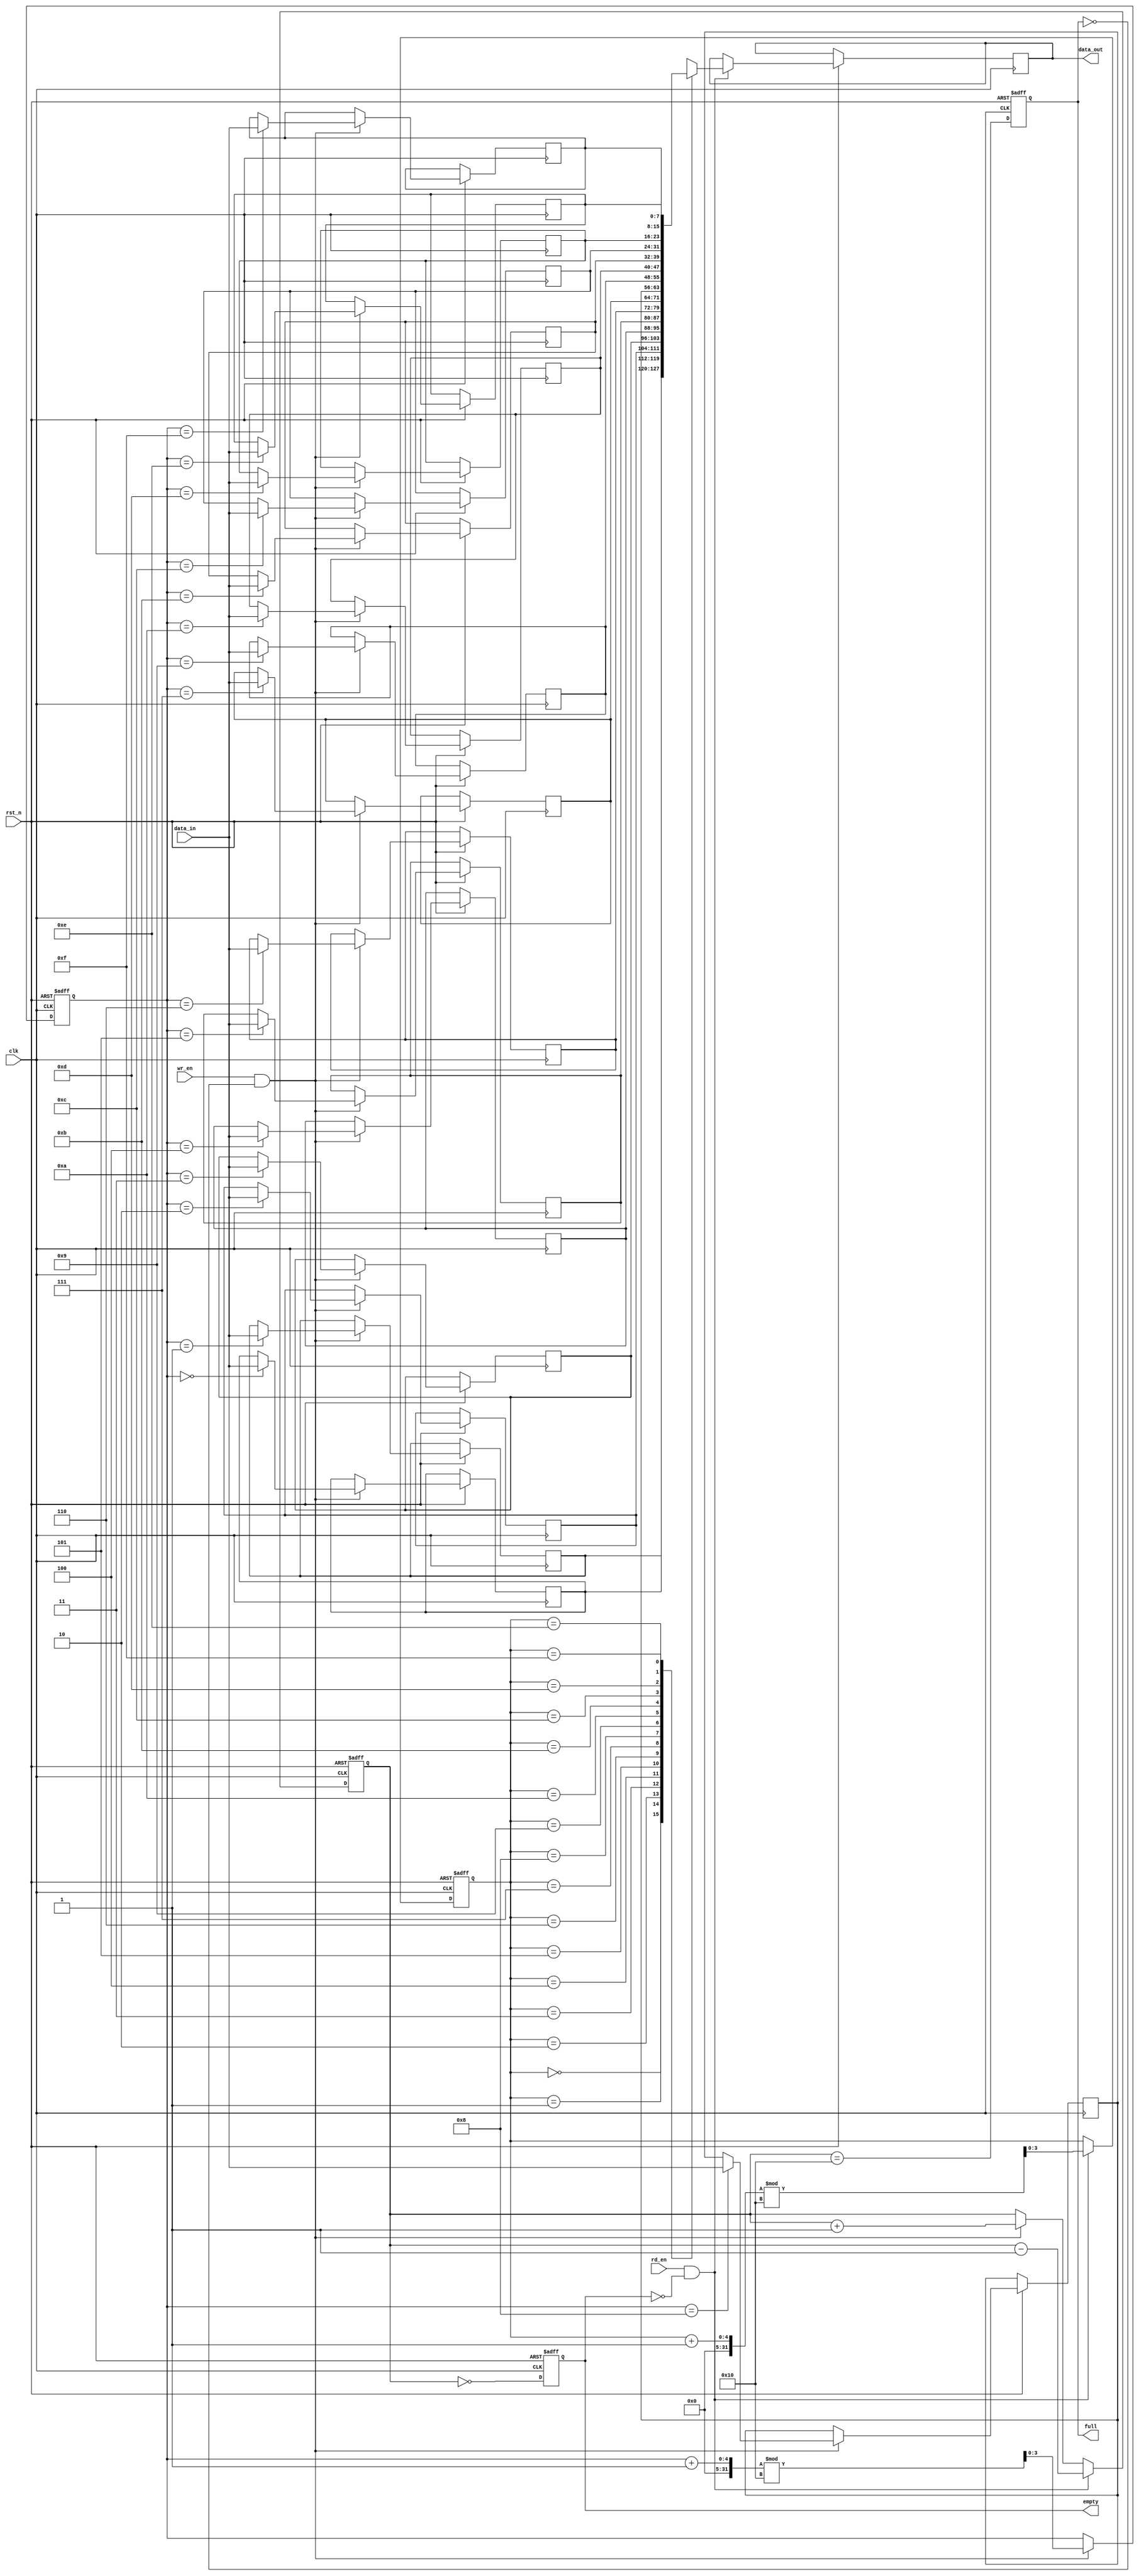
module fifo_sram #(
    parameter DATA_WIDTH = 8,  // Width of each data entry
    parameter FIFO_DEPTH = 16   // Number of entries in the FIFO
)(
    input wire clk,              // Clock signal
    input wire rst_n,            // Active low reset
    input wire wr_en,            // Write enable signal
    input wire rd_en,            // Read enable signal
    input wire [DATA_WIDTH-1:0] data_in, // Data input
    output reg [DATA_WIDTH-1:0] data_out, // Data output
    output reg full,             // Full flag
    output reg empty             // Empty flag
);

    // Memory array for FIFO
    reg [DATA_WIDTH-1:0] fifo_mem [0:FIFO_DEPTH-1];
    
    // Pointers for read and write operations
    reg [$clog2(FIFO_DEPTH)-1:0] wr_ptr;
    reg [$clog2(FIFO_DEPTH)-1:0] rd_ptr;
    reg [FIFO_DEPTH:0] count; // To keep track of the number of entries

    // Asynchronous reset and pointer management
    always @(posedge clk or negedge rst_n) begin
        if (!rst_n) begin
            wr_ptr <= 0;
            rd_ptr <= 0;
            count <= 0;
            full <= 0;
            empty <= 1;
        end else begin
            // Write operation
            if (wr_en && !full) begin
                fifo_mem[wr_ptr] <= data_in;
                wr_ptr <= (wr_ptr + 1) % FIFO_DEPTH;
                count <= count + 1;
            end
            
            // Read operation
            if (rd_en && !empty) begin
                data_out <= fifo_mem[rd_ptr];
                rd_ptr <= (rd_ptr + 1) % FIFO_DEPTH;
                count <= count - 1;
            end
            
            // Update full and empty flags
            full <= (count == FIFO_DEPTH);
            empty <= (count == 0);
        end
    end

endmodule